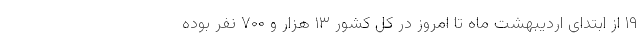
۱۹ از ابتدای اردیبهشت ماه تا امروز در کل کشور ۱۳ هزار و ۷۰۰ نفر بوده